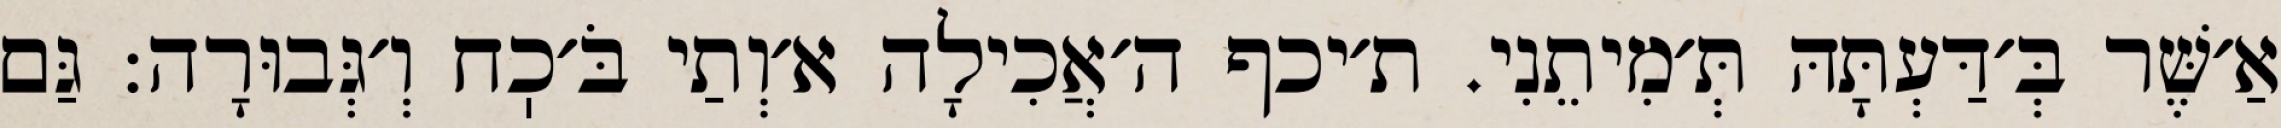
אַ׳שֶּׁר בְּ׳דַּעְתָּהּ תְּ׳מִיתֵנִי. ת׳יכף ה׳אֲכִילָה א׳וְתַי בֹּ׳כֽח וְ׳גְּבוּרָה: גַּם